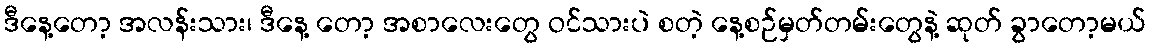
ဒီနေ့တော့ အလန်းသား၊ ဒီနေ့ တော့ အစာလေးတွေ ဝင်သားပဲ စတဲ့ နေ့စဉ်မှတ်တမ်းတွေနဲ့ ဆုတ် ခွာတော့မယ်